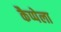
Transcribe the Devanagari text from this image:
कैप्पेला